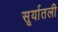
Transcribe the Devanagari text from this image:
सूर्यातली